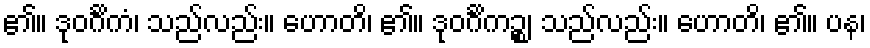
၏။ ဒုဝင်္ဂိကံ၊ သည်လည်း။ ဟောတိ၊ ၏။ ဒုဝင်္ဂိကဉ္စ၊ သည်လည်း။ ဟောတိ၊ ၏။ ပန၊